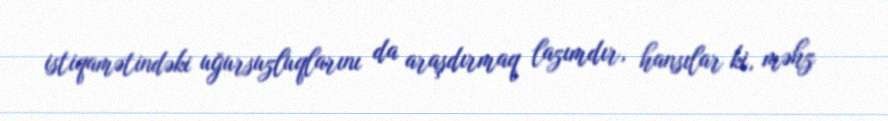
istiqamətindəki uğursuzluqlarını da araşdırmaq lazımdır, hansılar ki, məhz